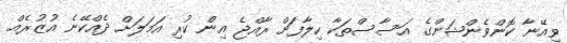
ވިއޭނާ ކޮންވެންޝަންގެ އަސާސްތަކާ ހިލާފަށް ރާއްޖެ އިން ކުރި އަމަލަށް ދެއްކޭނެ އުޒުރެއް